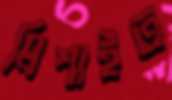
মিশাইত